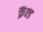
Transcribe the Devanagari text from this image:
क्रैंक्ड